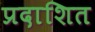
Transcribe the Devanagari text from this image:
प्रदाशित